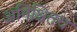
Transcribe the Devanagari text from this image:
अनिश्चितच